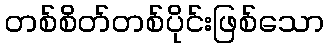
တစ်စိတ်တစ်ပိုင်းဖြစ်သော